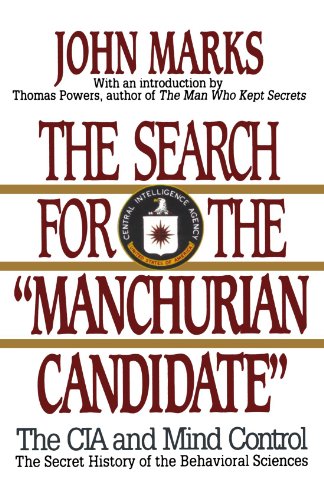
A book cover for The Search for the "Manchurian Candidate": The CIA and Mind Control: The Secret History of the Behavioral Sciences; John D. Marks; Biographies & Memoirs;